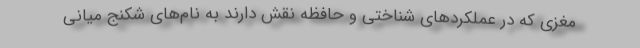
مغزی که در عملکردهای شناختی و حافظه نقش دارند به نام‌های شکنج میانی